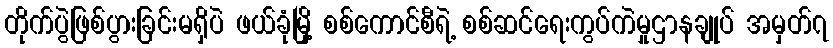
တိုက်ပွဲဖြစ်ပွားခြင်းမရှိပဲ ဖယ်ခုံမြို့ စစ်ကောင်စီရဲ့ စစ်ဆင်ရေးကွပ်ကဲမှုဌာနချုပ် အမှတ်၇